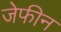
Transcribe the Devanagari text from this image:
जेफीन